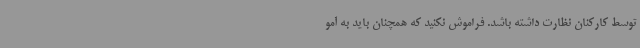
توسط کارکنان نظارت داشته باشد. فراموش نکنید که همچنان باید به آمو